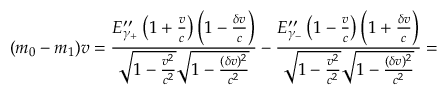
( m _ { 0 } - m _ { 1 } ) v = \frac { E _ { \gamma _ { + } } ^ { \prime \prime } \left( 1 + \frac { v } { c } \right) \left( 1 - \frac { \delta v } { c } \right) } { \sqrt { 1 - \frac { v ^ { 2 } } { c ^ { 2 } } } \sqrt { 1 - \frac { ( \delta v ) ^ { 2 } } { c ^ { 2 } } } } - \frac { E _ { \gamma _ { - } } ^ { \prime \prime } \left( 1 - \frac { v } { c } \right) \left( 1 + \frac { \delta v } { c } \right) } { \sqrt { 1 - \frac { v ^ { 2 } } { c ^ { 2 } } } \sqrt { 1 - \frac { ( \delta v ) ^ { 2 } } { c ^ { 2 } } } } =